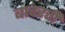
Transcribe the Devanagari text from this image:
बावरची